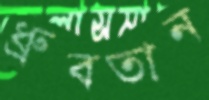
ধ্রুবতান